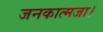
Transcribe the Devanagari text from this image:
जनकात्मजा।